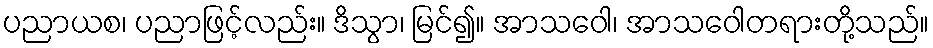
ပညာယစ၊ ပညာဖြင့်လည်း။ ဒိသွာ၊ မြင်၍။ အာသဝေါ၊ အာသဝေါတရားတို့သည်။